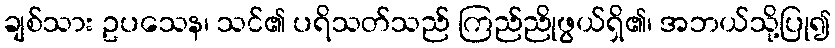
ချစ်သား ဥပသေန၊ သင်၏ ပရိသတ်သည် ကြည်ညိုဖွယ်ရှိ၏၊ အဘယ်သို့ပြု၍